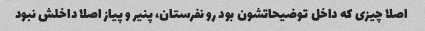
اصلا چیزی که داخل توضیحاتشون بود رو نفرستان، پنیر و پیاز اصلا داخلش نبود